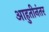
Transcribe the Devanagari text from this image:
आहुतीनंतर